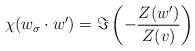
LaTeX: \begin{align*}\chi(w_{\sigma} \cdot w') = \Im \left(-\frac{Z(w')}{Z(v)} \right)\end{align*}